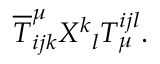
\overline { { { T } } } _ { i j k } ^ { \mu } X ^ { k } { } _ { l } T _ { \mu } ^ { i j l } .